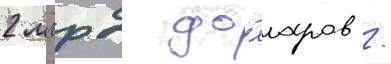
2 млрд до́лларов /